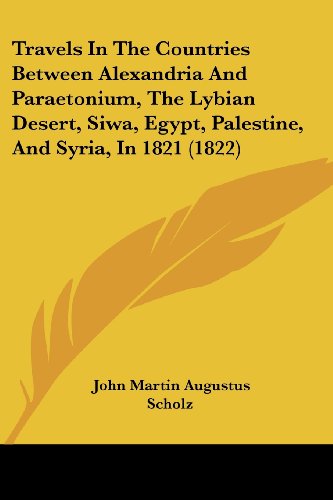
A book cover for Travels In The Countries Between Alexandria And Paraetonium, The Lybian Desert, Siwa, Egypt, Palestine, And Syria, In 1821 (1822); John Martin Augustus Scholz; Travel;